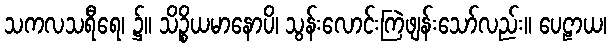
သကလသရီရေ၊ ၌။ သိဉ္စိယမာနောပိ၊ သွန်းလောင်းကြဲဖျန်းသော်လည်း။ ပေဠာယ၊